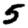
Digit: 5